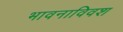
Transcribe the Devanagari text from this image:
भावनाविवश